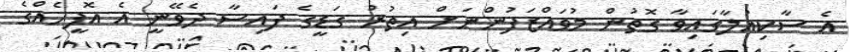
އެ ސާކިއުލާގައިވާ ގޮތުން މުވައްޒަފުންނަށް އިތުރު ގަޑީގެ ފައިސާ ދެވޭނީ އެ އޮފީހެއްގެ